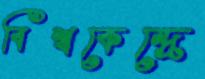
বিশ্বকেন্দ্রে